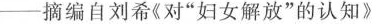
---摘编自刘希《对”妇女解放”的认知》